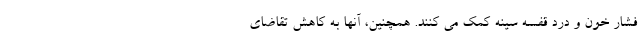
فشار خون و درد قفسه سینه کمک می کنند. همچنین، آنها به کاهش تقاضای